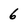
Character: 6